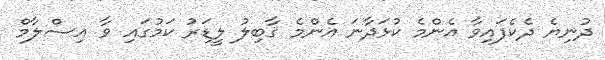
ދުނިޔެ ދެކެފައިވާ އެންމެ ކުޅަދާނަ އެންމެ ޤާބިލު ލީޑަރު ކަމުގައި ވާ އިސްލާމް